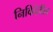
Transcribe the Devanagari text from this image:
निविदेतील